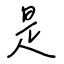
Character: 是